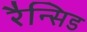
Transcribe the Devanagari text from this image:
रैन्सिड